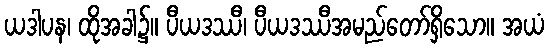
ယဒါပန၊ ထိုအခါ၌။ ပီယဒဿီ၊ ပီယဒဿီအမည်တော်ရှိသော။ အယံ